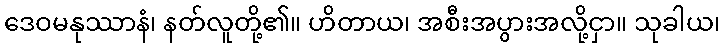
ဒေဝမနုဿာနံ၊ နတ်လူတို့၏။ ဟိတာယ၊ အစီးအပွားအလို့ငှာ။ သုခါယ၊